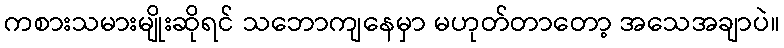
ကစားသမားမျိုးဆိုရင် သဘောကျနေမှာ မဟုတ်တာတော့ အသေအချာပဲ။